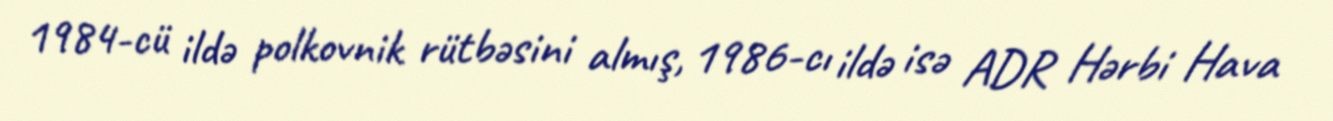
1984-cü ildə polkovnik rütbəsini almış, 1986-cı ildə isə ADR Hərbi Hava